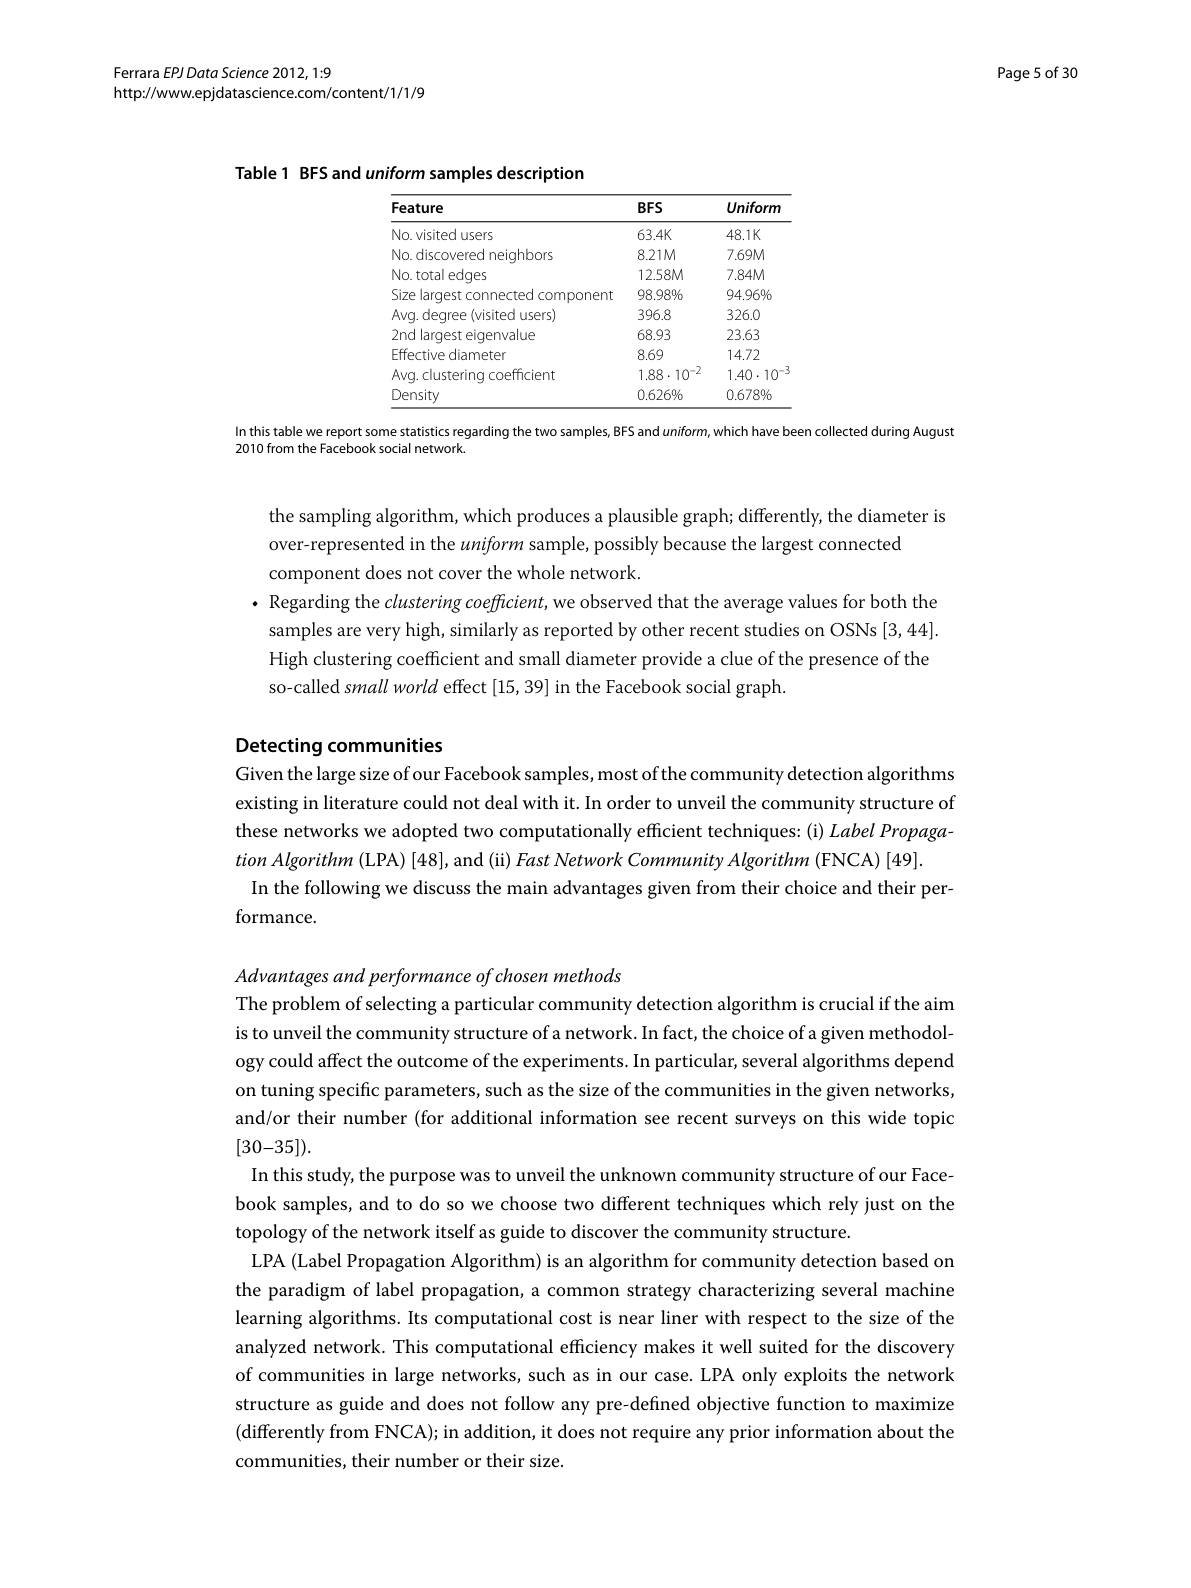
Page 5 of 30

Ferrara EPJ Data Science 2012, 1:9
http://wwww.epjdatascience.com/content/1/1/9

Table 1 BFS and uniform samples description
<table>
	<tbody>
		<tr>
			<th>Feature</th>
			<th>ture</th>
			<th>$BFS$</th>
			<th>Uniform</th>
		</tr>
		<tr>
			<td>No. visited</td>
			<td>visited users</td>
			<td>$63.4K$</td>
			<td>$48.1K$</td>
		</tr>
		<tr>
			<td>No.discove</td>
			<td>discovered neiqhbors</td>
			<td>$8.21M$</td>
			<td>$7.69M$</td>
		</tr>
		<tr>
			<td>No.total ed</td>
			<td>total edqes</td>
			<td>$12.58M$</td>
			<td>$7.84M$</td>
		</tr>
		<tr>
			<td>Size larges</td>
			<td>: largest connected component</td>
			<td>$98.98\%$</td>
			<td>$94.96\%$</td>
		</tr>
		<tr>
			<td>Avg. degre</td>
			<td>. deqree (visited users)</td>
			<td>396.8</td>
			<td>326.0</td>
		</tr>
		<tr>
			<td>2nd larges</td>
			<td>larqest eiqenvalue</td>
			<td>68.93</td>
			<td>23.63</td>
		</tr>
		<tr>
			<td>Effective d</td>
			<td>ctive diameter</td>
			<td>8.69</td>
			<td>14.72</td>
		</tr>
		<tr>
			<td>Avg. cluster</td>
			<td>l. clustering coefficient</td>
			<td>$1.88\cdot10^{-2}$</td>
			<td>$1.40\cdot10^{-2}$</td>
		</tr>
		<tr>
			<td>Density</td>
			<td>$1sity$</td>
			<td>$0.626\%$</td>
			<td>$0.678\%$</td>
		</tr>
	</tbody>
</table>

In this table we report some statistics regarding the two samples, BFS and uniform, which have been collected during August
2010 from the Facebook social network

the sampling algorithm, which produces a plausible graph; differently, the diameter is
over-represented in the uniform sample, possibly because the largest connected
component does not cover the whole network.
$\cdot$ Regarding the clustering coefficient, we observed that the average values for both the samples are very high, similarly as reported by other recent studies on OSNs [3,44]. High clustering coefficient and small diameter provide a clue of the presence of the so-called small world effect [15,39] in the Facebook social graph.

## Detecting communities

Given the large size of our Facebook samples, most of the community detection algorithms existing in literature could not deal with it. In order to unveil the community structure of these networks we adopted two computationally efficient techniques: (i) Label Propaga- $tion\textit{ Algorithm ( LPA) [ 48] , and ( ii) Fast Network Community Algorithm ( FNCA) [ 49] . }$
In the following we discuss the main advantages given from their choice and their per-
formance.

Advantages and performance of chosen methods
The problem of selecting a particular community detection algorithm is crucial if the aim is to unveil the community structure of a network. In fact, the choice of a given methodology could affect the outcome of the experiments. In particular, several algorithms depend on tuning specific parameters, such as the size of the communities in the given networks, and/or their number (for additional information see recent surveys on this wide topic [30-35]).
In this study, the purpose was to unveil the unknown community structure of our Facebook samples, and to do so we choose two different techniques which rely just on the topology of the network itself as guide to discover the community structure.
LPA (Label Propagation Algorithm) is an algorithm for community detection based on the paradigm of label propagation, a common strategy characterizing several machine learning algorithms. Its computational cost is near liner with respect to the size of the analyzed network. This computational efficiency makes it well suited for the discovery of communities in large networks, such as in our case. LPA only exploits the network structure as guide and does not follow any pre-defıned objective function to maximize (differently from FNCA); in addition, it does not require any prior information about the communities, their number or their size.